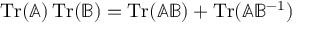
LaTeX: \operatorname { T r } ( \mathbb { A } ) \operatorname { T r } ( \mathbb { B } ) = \operatorname { T r } ( \mathbb { A } \mathbb { B } ) + \operatorname { T r } ( \mathbb { A } \mathbb { B } ^ { - 1 } )